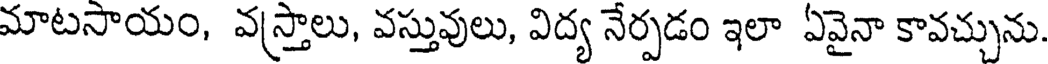
మాటసాయం, వస్త్రాలు, వస్తువులు, విద్య నేర్పడం ఇలా ఏవైనా కావచ్చును.